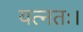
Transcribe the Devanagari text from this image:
यत्नतः।